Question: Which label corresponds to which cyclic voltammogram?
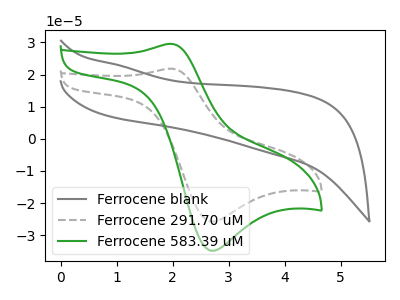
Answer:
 <answer>The gray curve is labeled "Ferrocene blank". The gray dashed curve is labeled "Ferrocene 291.70 uM". The green curve is labeled "Ferrocene 583.39 uM".</answer>
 <eval></eval>